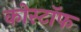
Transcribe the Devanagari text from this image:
कोस्टॉफ